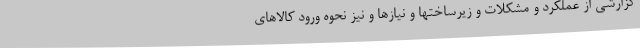
گزارشی از عملکرد و مشکلات و زیرساختها و نیازها و نیز نحوه ورود کالاهای